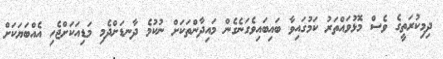
ދިމިކުރަތީގެ ވެސް މޮޅުވައްތަރު ކަމުގައިވާ ބައިބައިވެގަނެގެން މައިދާންތަކަށް ނުކުމެ ދާނޑަށްދެމި މަޑިއަކަށްޖެހި އެއްބަޔަކަށް